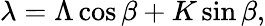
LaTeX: \lambda=\Lambda\cos{\beta}+K\sin{\beta},